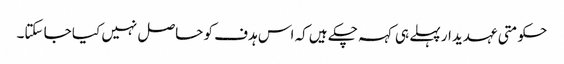
حکومتی عہدیدار پہلے ہی کہہ چکے ہیں کہ اس ہدف کو حاصل نہیں کیا جا سکتا۔